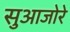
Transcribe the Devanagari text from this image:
सुआजोरे